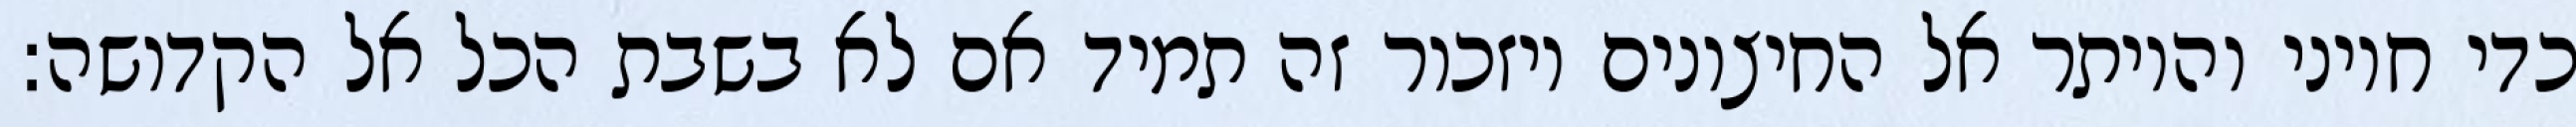
כדי חיוני והיותר אל החיצונים ויזכור זה תמיד אם לא בשבת הכל אל הקדושה: